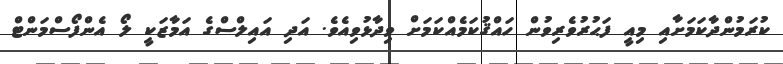
ކުރަމުންދާކަމަށާއި މިއީ ފަޙުރުވެރިވުން ހައްޤުކަމެއްކަމަށް ވިދާޅުވިއެވެ. އަދި އައިލްސްގެ އަމާޒަކީ ލޯ އެންފޯސްމަންޓް